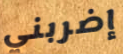
إضربني